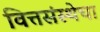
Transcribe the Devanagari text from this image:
वित्तसंस्थेचा